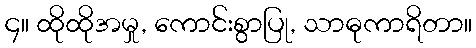
၄။ ထိုထိုအမှု, ကောင်းစွာပြု, သာဓုကာရိတာ။